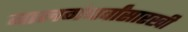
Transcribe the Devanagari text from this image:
बालगंधर्वांसारखी